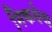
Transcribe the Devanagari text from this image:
मिकबेथ